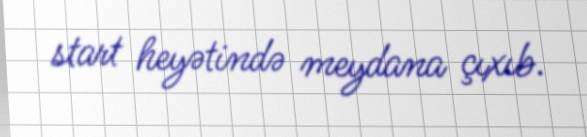
start heyətində meydana çıxıb.